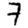
Digit: 7